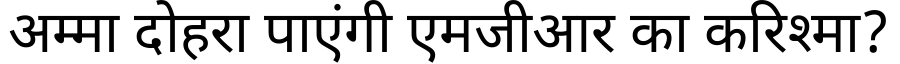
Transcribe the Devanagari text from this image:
अम्मा दोहरा पाएंगी एमजीआर का करिश्मा?